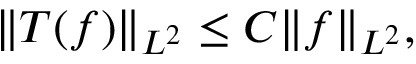
\| T ( f ) \| _ { L ^ { 2 } } \leq C \| f \| _ { L ^ { 2 } } ,